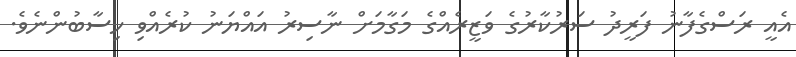
އެއީ ރަސްގެފާނު ފަރީދު ސަރުކާރުގެ ވަޒީރެއްގެ މަގާމަށް ނާސިރު އައްޔަނު ކުރެއްވި ހިސާބުންނެވެ.